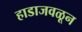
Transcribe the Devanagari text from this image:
हाडाजवळून